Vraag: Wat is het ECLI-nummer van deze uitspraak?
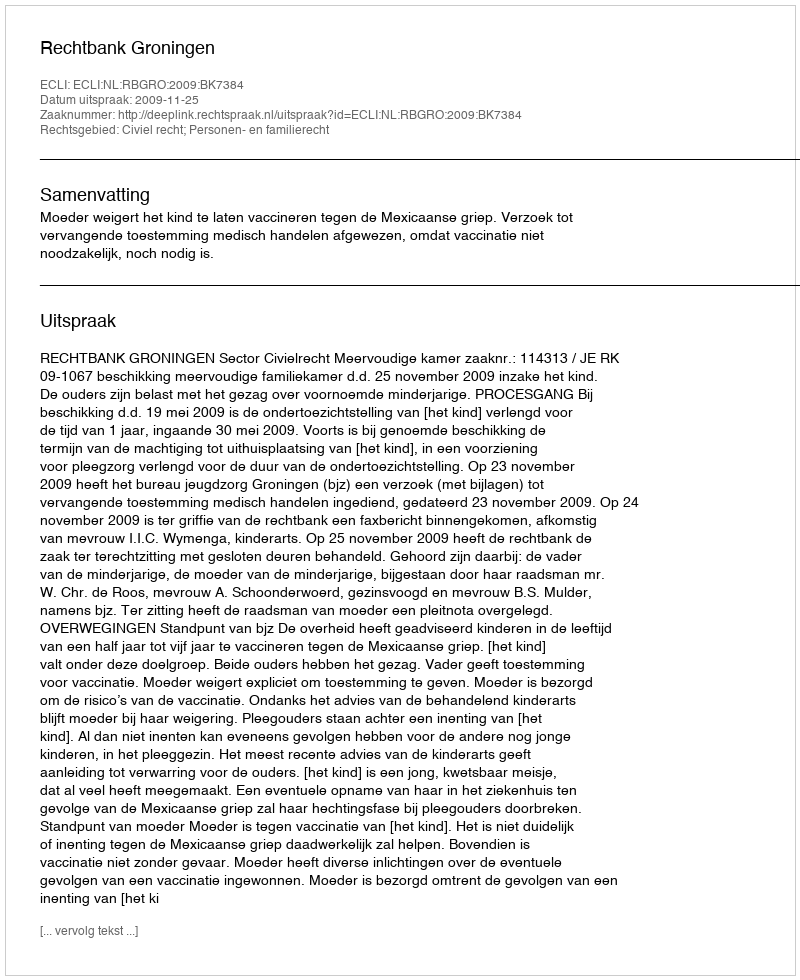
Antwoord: ECLI:NL:RBGRO:2009:BK7384